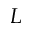
L